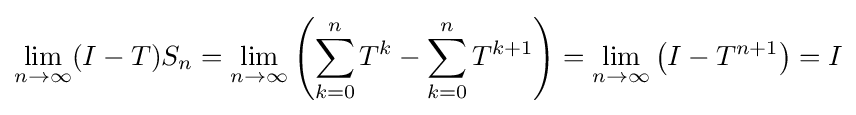
\lim _{n\rightarrow \infty }(I-T)S_{n}=\lim _{n\rightarrow \infty }\left(\sum _{k=0}^{n}T^{k}-\sum _{k=0}^{n}T^{k+1}\right)=\lim _{n\rightarrow \infty }\left(I-T^{n+1}\right)=I